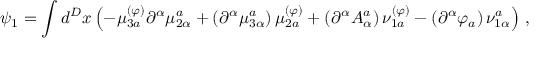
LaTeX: \psi _ { 1 } = \int d ^ { D } x \left( - \mu _ { 3 a } ^ { ( \varphi ) } \partial ^ { \alpha } \mu _ { 2 \alpha } ^ { a } + \left( \partial ^ { \alpha } \mu _ { 3 \alpha } ^ { a } \right) \mu _ { 2 a } ^ { ( \varphi ) } + \left( \partial ^ { \alpha } A _ { \alpha } ^ { a } \right) \nu _ { 1 a } ^ { ( \varphi ) } - \left( \partial ^ { \alpha } \varphi _ { a } \right) \nu _ { 1 \alpha } ^ { a } \right) \, ,